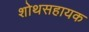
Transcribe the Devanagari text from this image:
शोथसहायक